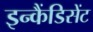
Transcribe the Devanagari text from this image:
इन्कैंडिसेंट